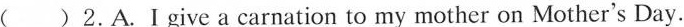
( )2.A.Ⅰgive a carnation to my mother on Mother's Day.